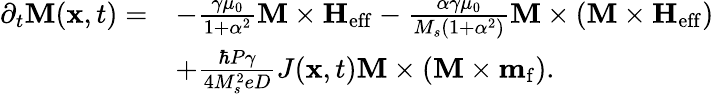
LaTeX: \begin{array}{rl}{\partial_{t}{\mathbf M}({\mathbf x},t)=}&{-\frac{\gamma\mu_{0}}{1+\alpha^{2}}{\mathbf M}\times{\mathbf H}_{\mathrm{eff}}-\frac{\alpha\gamma\mu_{0}}{M_{s}(1+\alpha^{2})}{\mathbf M}\times\left({\mathbf M}\times{\mathbf H}_{\mathrm{eff}}\right)}\\ &{+\frac{\hbar P\gamma}{4M_{s}^{2}eD}J({\mathbf x},t){\mathbf M}\times\left({\mathbf M}\times{\mathbf m}_{\mathrm{f}}\right).}\end{array}